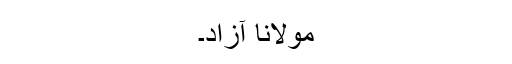
مولانا آزاد۔